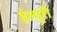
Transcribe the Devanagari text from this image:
इंज्यूरी